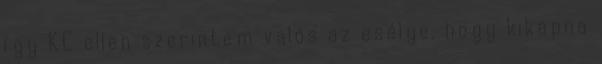
így KC ellen szerintem valós az esélye, hogy kikapna